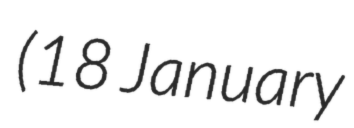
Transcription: (18 January